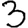
Digit: 3